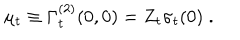
\mu _ { t } \equiv \Gamma _ { t } ^ { ( 2 ) } ( 0 , 0 ) = Z _ { t } \sigma _ { t } ( 0 ) \; .